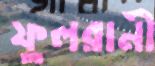
ফুলরানী